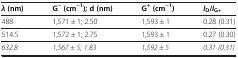
| λ (nm) | G−(cm−1);d(nm) | G+(cm−1) | ID/IG+ |
 | --- | --- | --- | --- |
 | 488 | 1,571 ± 1; 2.50 | 1,593 ± 1 | 0.28 (0.31) |
 | 514.5 | 1,572 ± 1; 2.75 | 1,593 ± 1 | 0.27 (0.30) |
 | 632.8 | 1,567 ± 5; 1.83 | 1,592 ± 5 | 0.31 (0.31) |